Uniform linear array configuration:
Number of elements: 48
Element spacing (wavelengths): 0.75
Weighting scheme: hann
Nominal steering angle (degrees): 0
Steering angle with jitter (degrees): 1.629
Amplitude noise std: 0.05
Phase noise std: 0.05

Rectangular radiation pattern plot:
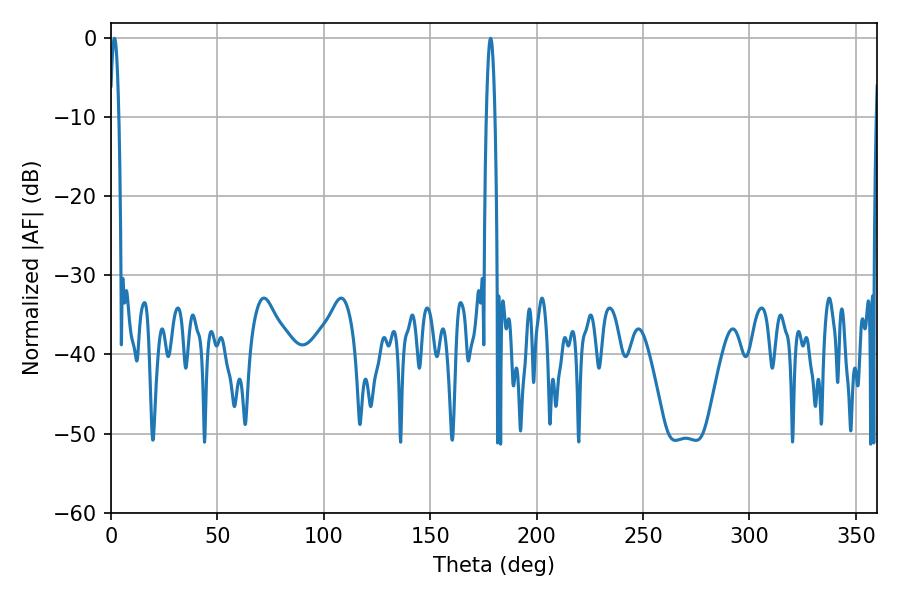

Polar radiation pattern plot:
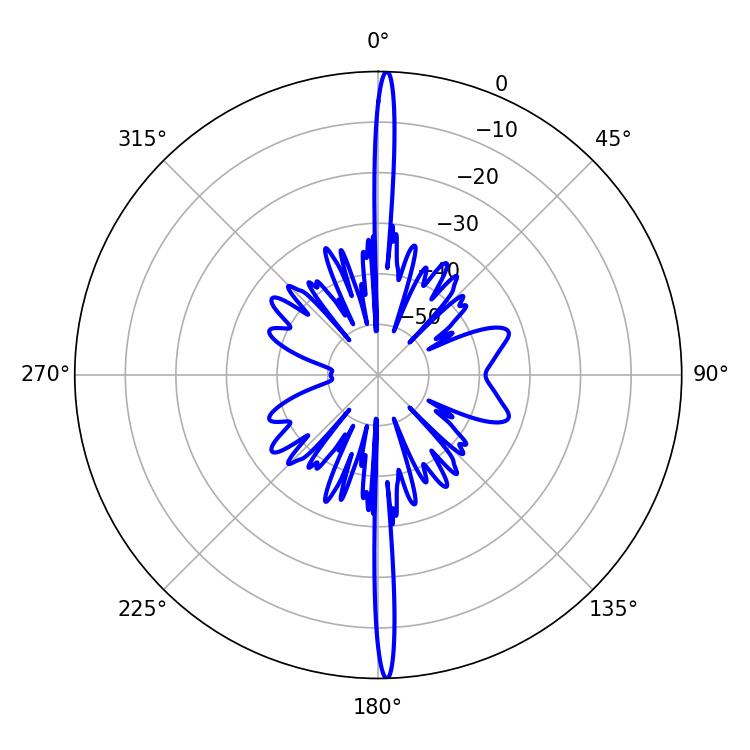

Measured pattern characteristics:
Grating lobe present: TRUE
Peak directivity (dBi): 28.927
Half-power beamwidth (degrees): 2.16
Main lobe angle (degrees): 178.38